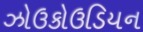
ઝોઉકોઉડિયન